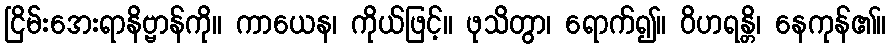
ငြိမ်းအေးရာနိဗ္ဗာန်ကို။ ကာယေန၊ ကိုယ်ဖြင့်။ ဖုသိတွာ၊ ရောက်၍။ ဝိဟရန္တိ၊ နေကုန်၏။